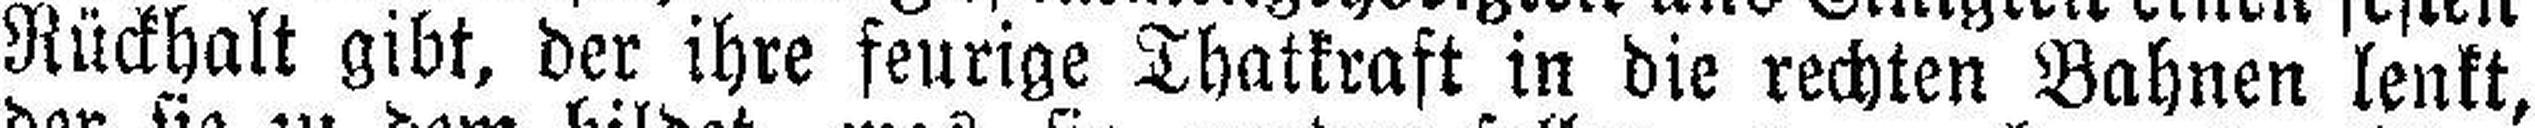
Rückhalt gibt, der ihre feurige Thatkraft in die rechten Bahnen lenkt,